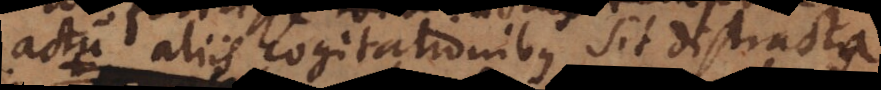
actu aliis cogitationibus sit distracta,